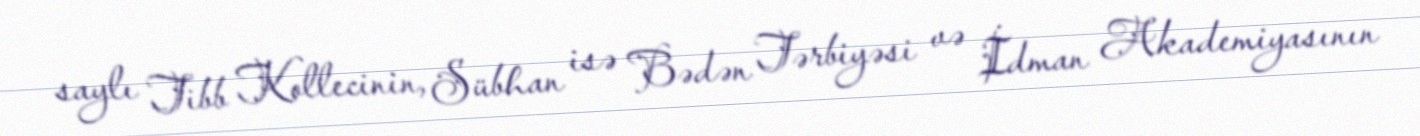
saylı Tibb Kollecinin, Sübhan isə Bədən Tərbiyəsi və İdman Akademiyasının